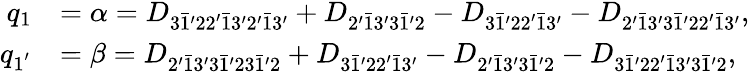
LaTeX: \begin{array}{rl}{q_{1}}&{=\alpha={D_{3\bar{1}^{\prime}22^{\prime}\bar{1}3^{\prime}2^{\prime}\bar{1}3^{\prime}}}+{D_{2^{\prime}\bar{1}3^{\prime}3\bar{1}^{\prime}2}}-{D_{3\bar{1}^{\prime}22^{\prime}\bar{1}3^{\prime}}}-{D_{2^{\prime}\bar{1}3^{\prime}3\bar{1}^{\prime}22^{\prime}\bar{1}3^{\prime}}},}\\ {q_{1^{'}}}&{=\beta={D_{2^{\prime}\bar{1}3^{\prime}3\bar{1}^{\prime}23\bar{1}^{\prime}2}}+{D_{3\bar{1}^{\prime}22^{\prime}\bar{1}3^{\prime}}}-{D_{2^{\prime}\bar{1}3^{\prime}3\bar{1}^{\prime}2}}-{D_{3\bar{1}^{\prime}22^{\prime}\bar{1}3^{\prime}3\bar{1}^{\prime}2}},}\end{array}